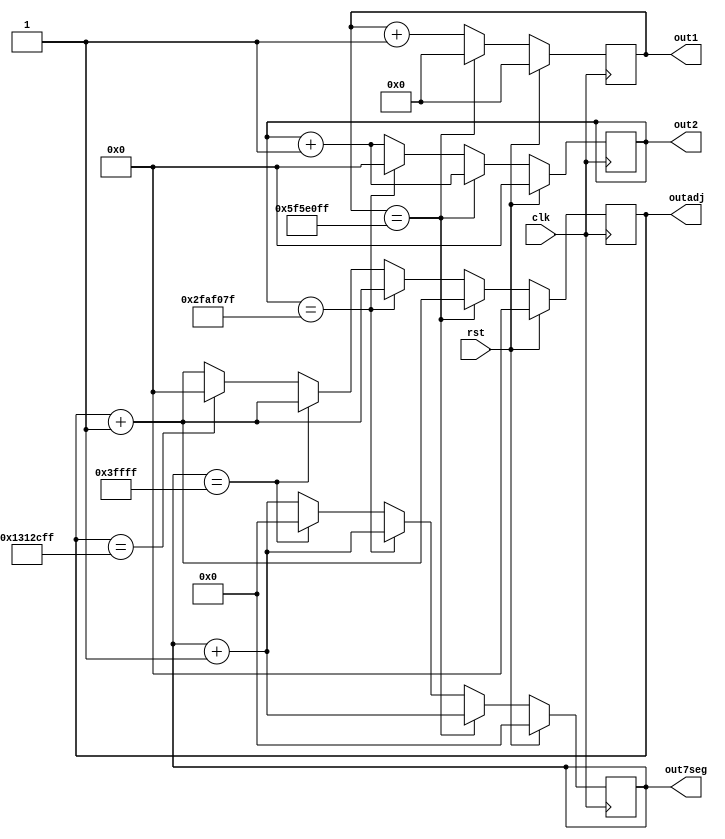
`timescale 10ns/10ns
//////////////////////////////////////////////////////////////////////////////////
// Company: 
// Engineer: 
// 
// Design Name: 
// Module Name:    counter 
// Project Name: 
// Target Devices: 
// Tool versions: 
// Description: 
//
// Dependencies: 
//
// Revision: 
// Revision 0.01 - File Created
// Additional Comments: 
//
//////////////////////////////////////////////////////////////////////////////////
module clkdiv(
    input clk,
	 input rst,
	 output reg [26:0] out1, 	  // 1Hz Clock
	 output reg [25:0] out2, 	  // 2Hz Clock
	 output reg [17:0] out7seg, // 380Hz Clock
	 output reg [25:0] outadj   // 5Hz Clock
    );
	 
	localparam out1div = 100000000;
	localparam out2div = 50000000;
	localparam out7div = 262144;
	localparam outadjdiv = 20000000;
    // sped up timescale for simulation
	//localparam out1div = 10000;
	//localparam out2div = 5000;
	//localparam out7div = 26;
	//localparam outadjdiv = 2000;

	initial begin
		out1 <= 0;
		out2 <= 0;
		out7seg <= 0;
		outadj <= 0;
	end

	always @ (posedge clk) 
		begin
			if (rst) 
				begin
					out1 <= 27'b0;
					out2 <= 26'b0;
					out7seg <= 18'b0;
					outadj <= 26'b0;
				end 
			else if (out1 == out1div - 1)
				begin
					out1 <= 27'b0;
					out2 <= out2 + 1;
					out7seg <= out7seg + 1;
					outadj <= outadj + 1;
				end
			else if (out2 == out2div - 1)
				begin
					out1 <= out1 + 1;
					out2 <= 26'b0;
					out7seg <= out7seg + 1;
					outadj <= outadj + 1;
				end
			else if (out7seg == out7div - 1)
				begin
					out1 <= out1 + 1;
					out2 <= out2 + 1;
					out7seg <= 18'b0;
					outadj <= outadj + 1;
				end
			else if (outadj == outadjdiv - 1)
				begin
					out1 <= out1 + 1;
					out2 <= out2 + 1;
					out7seg <= out7seg + 1;
					outadj <= 26'b0;
				end
			else 
				begin
					out1 <= out1 + 1;
					out2 <= out2 + 1;
					out7seg <= out7seg + 1;
					outadj <= outadj + 1;
				end
		end
endmodule